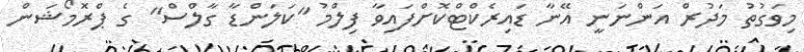
މިވަގުތު މަދުރް އަންނަނީ އޭނާ ޑައިރެކްޓްކޮށްފައިވާ ފިލްމު "ކަލަންޑާ ގާލްސް" ގެ ޕްރޮމޯޝަން